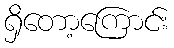
ရှိတော့ကြောင်း